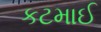
કટમાઈ